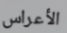
الأعراس